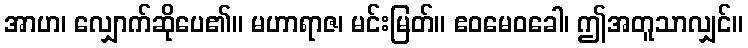
အာဟ၊ လျှောက်ဆိုပေ၏။ မဟာရာဇ၊ မင်းမြတ်။ ဧဝမေဝခေါ၊ ဤအတူသာလျှင်။